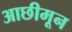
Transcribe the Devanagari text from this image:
आछीमून